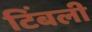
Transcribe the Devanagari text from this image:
टिंबली